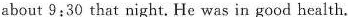
about 9:30 that night. He was in good health.